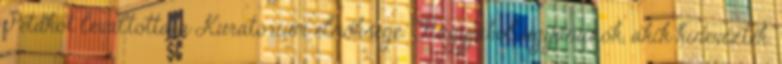
Petákot leváltotta a Kuratórium elnöksége. Nagyjából ugyanazok, akik kinevezték.